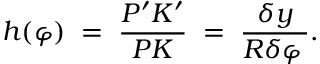
\quad h ( \varphi ) \; = \; { \frac { P ^ { \prime } K ^ { \prime } } { P K } } \; = \; { \frac { \delta y } { R \delta \varphi \, } } .